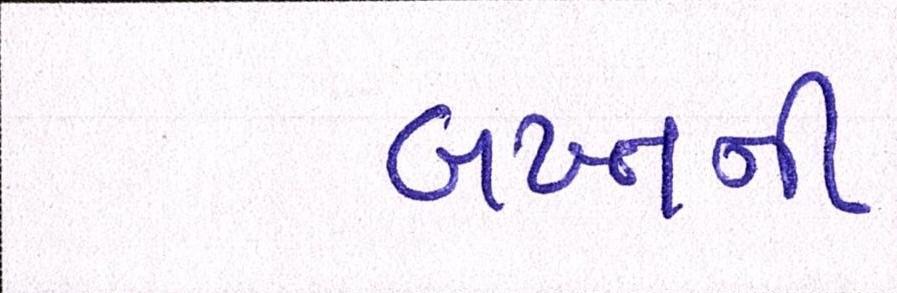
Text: બખ્તની